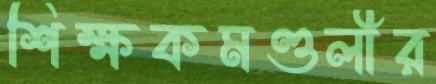
শিক্ষকমণ্ডলীর